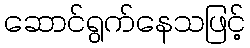
ဆောင်ရွက်နေသဖြင့်